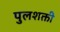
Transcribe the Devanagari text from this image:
पुलशक्ती